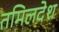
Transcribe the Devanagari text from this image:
तमिलदेश